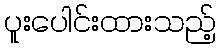
ပူးပေါင်းထားသည့်